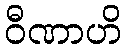
ဝီဏာဟိ